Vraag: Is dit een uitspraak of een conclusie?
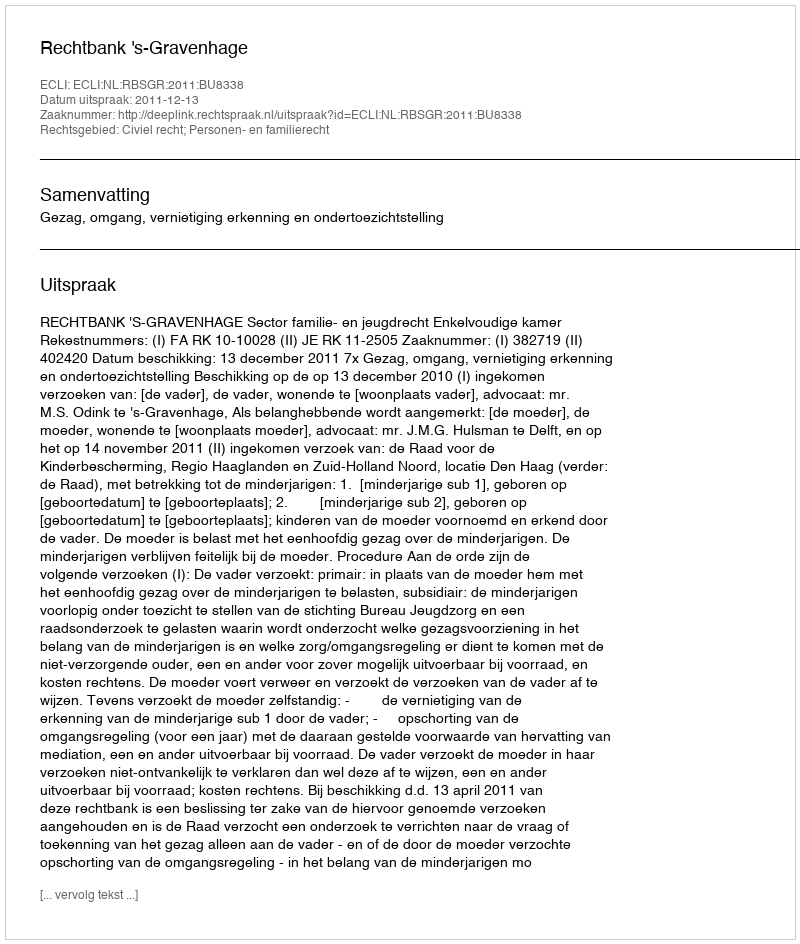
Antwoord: Uitspraak